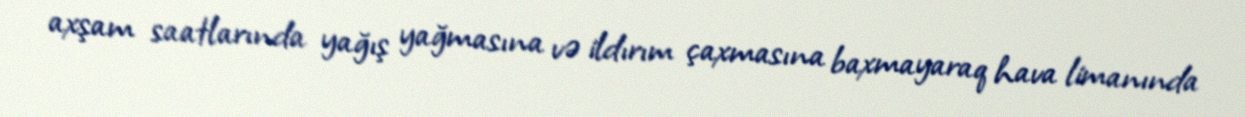
axşam saatlarında yağış yağmasına və ildırım çaxmasına baxmayaraq hava limanında